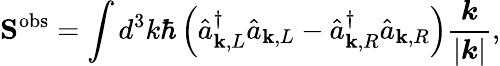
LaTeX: \mathbf{S}^{\mathrm{{obs}}}=\int d^{3}k\hbar\left({\hat{a}}_{\mathbf{k},L}^{\dagger}{\hat{a}}_{\mathbf{k},L}-{\hat{a}}_{\mathbf{k},R}^{\dagger}{\hat{a}}_{\mathbf{k},R}\right){\frac{\boldsymbol{k}}{|{\boldsymbol{k}}|}},